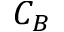
C _ { B }